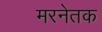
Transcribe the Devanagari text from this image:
मरनेतक